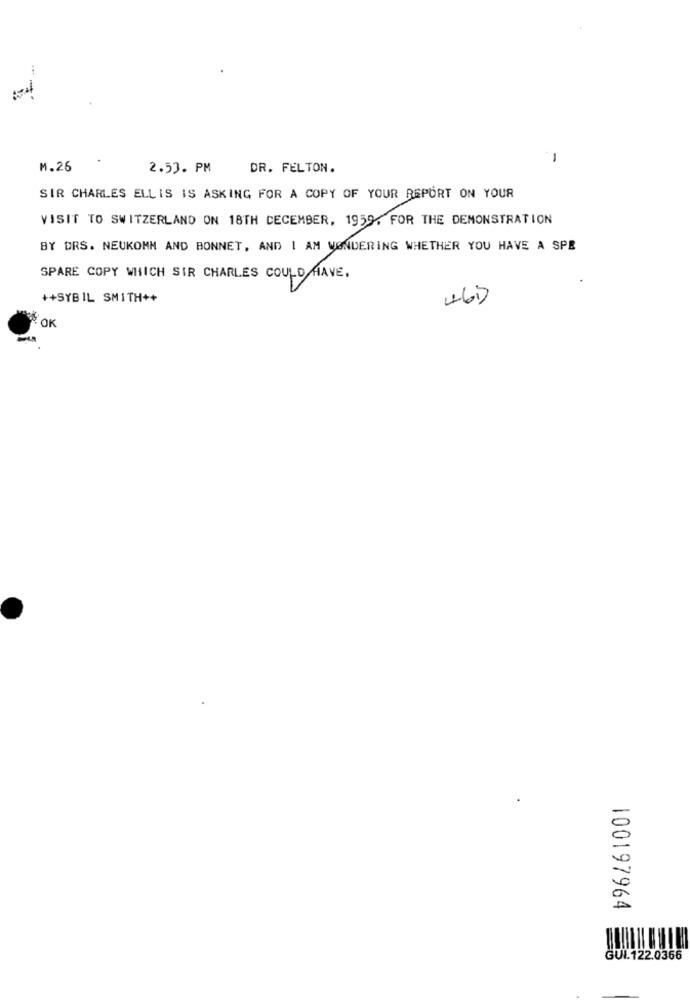
-
M.26
2.53. PM
DR. FELTON.
SIR CHARLES ELLIS IS ASKING FOR A COPY OF YOUR REPORT ON YOUR
VISIT TO SWITZERLAND ON 18TH DECEMBER, 1959, FOR THE DEMONSTRATION
BY DRS. NEUKOMN AND BONNET, AND I AM WONDERING WHETHER YOU HAVE A SPE
SPARE COPY WHICH SIR CHARLES COULD HAVE.
++SYBIL SMITH++
46)
100197964
GUI.122.0366